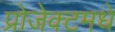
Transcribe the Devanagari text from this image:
प्रोजेक्टमधे